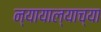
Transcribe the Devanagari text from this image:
न्यायाल्याच्या